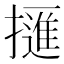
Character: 𢶘